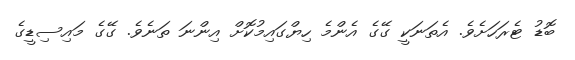
ބޮޑު ޓެރަހަށެވެ. އެތަނަކީ ގޭގެ އެންމެ ހިޔްގައިމުކޮށް އިންނަ ތަނެވެ. ގޭގެ މައިސިޑީގެ